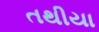
તથીયા